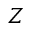
Z